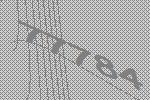
77784